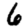
Digit: 6